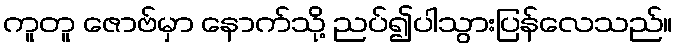
ကူတူ ဇောဗ်မှာ နောက်သို့ ညပ်၍ပါသွားပြန်လေသည်။